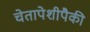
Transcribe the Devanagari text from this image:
चेतापेशीपैकी